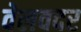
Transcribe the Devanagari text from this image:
वेलवदर